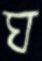
ঘ